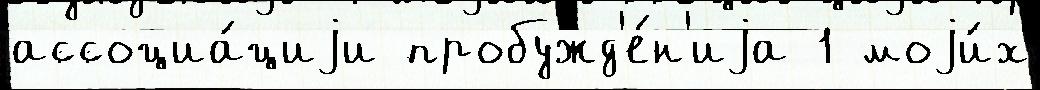
ассоциа́циjи пробужд'е́н'иjа 1 моjи́х